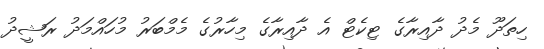
ހިތަދޫ މެދު ދާއިރާގެ ޓިކެޓް އެ ދާއިރާގެ މިހާރުގެ މެމްބަރު މުހައްމަދު ރަޝީދު